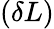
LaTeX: (\delta L)